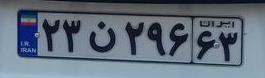
۲۳ن۲۹۶۶۳